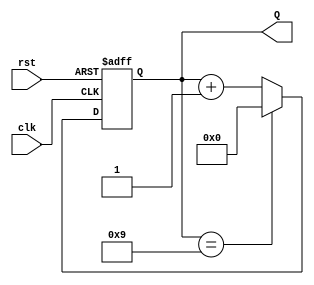
module decade_counter (
    input wire clk,       // Clock input
    input wire rst,       // Asynchronous reset input
    output reg [3:0] Q    // 4-bit output for count
);

// Always block triggered on the rising edge of the clock or the reset signal
always @(posedge clk or posedge rst) begin
    if (rst) begin
        // Asynchronous reset
        Q <= 4'b0000; // Reset count to 0
    end else begin
        // Count logic
        if (Q == 4'b1001) begin
            Q <= 4'b0000; // Reset to 0 when count reaches 10 (1010)
        end else begin
            Q <= Q + 1; // Increment count
        end
    end
end

endmodule